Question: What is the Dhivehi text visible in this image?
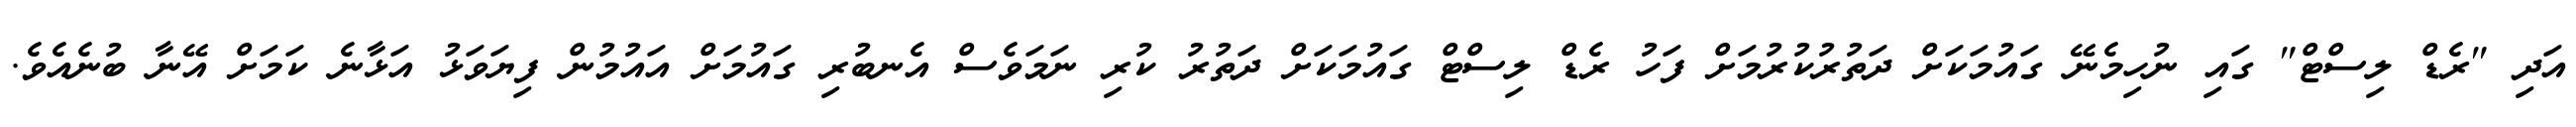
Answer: އަދި "ރެޑް ލިސްޓް" ގައި ނުހިމެނޭ ގައުމަކަށް ދަތުރުކުރުމަށް ފަހު ރެޑް ލިސްޓް ގައުމަކަށް ދަތުރު ކުރި ނަމަވެސް އެނބުރި ގައުމަށް އައުމުން ފިޔަވަޅު އަޅާނެ ކަމަށް އޭނާ ބުނެއެވެ.